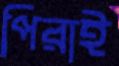
পিরাই